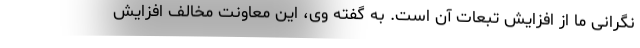
نگرانی ما از افزایش تبعات آن است. به گفته وی، این معاونت مخالف افزایش